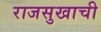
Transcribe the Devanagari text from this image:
राजसुखाची